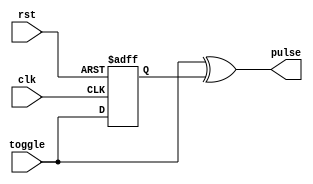
module toggle_to_pulse
(
    input  clk,
    input  rst,
    input  toggle,
    output pulse
);

    reg r_toggle;

    always @ (posedge clk or posedge rst)
        if (rst)
            r_toggle <= 0;
        else
            r_toggle <= toggle;

    assign pulse = toggle ^ r_toggle;

endmodule